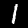
Label: 1